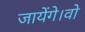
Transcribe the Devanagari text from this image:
जायेंगे।वो